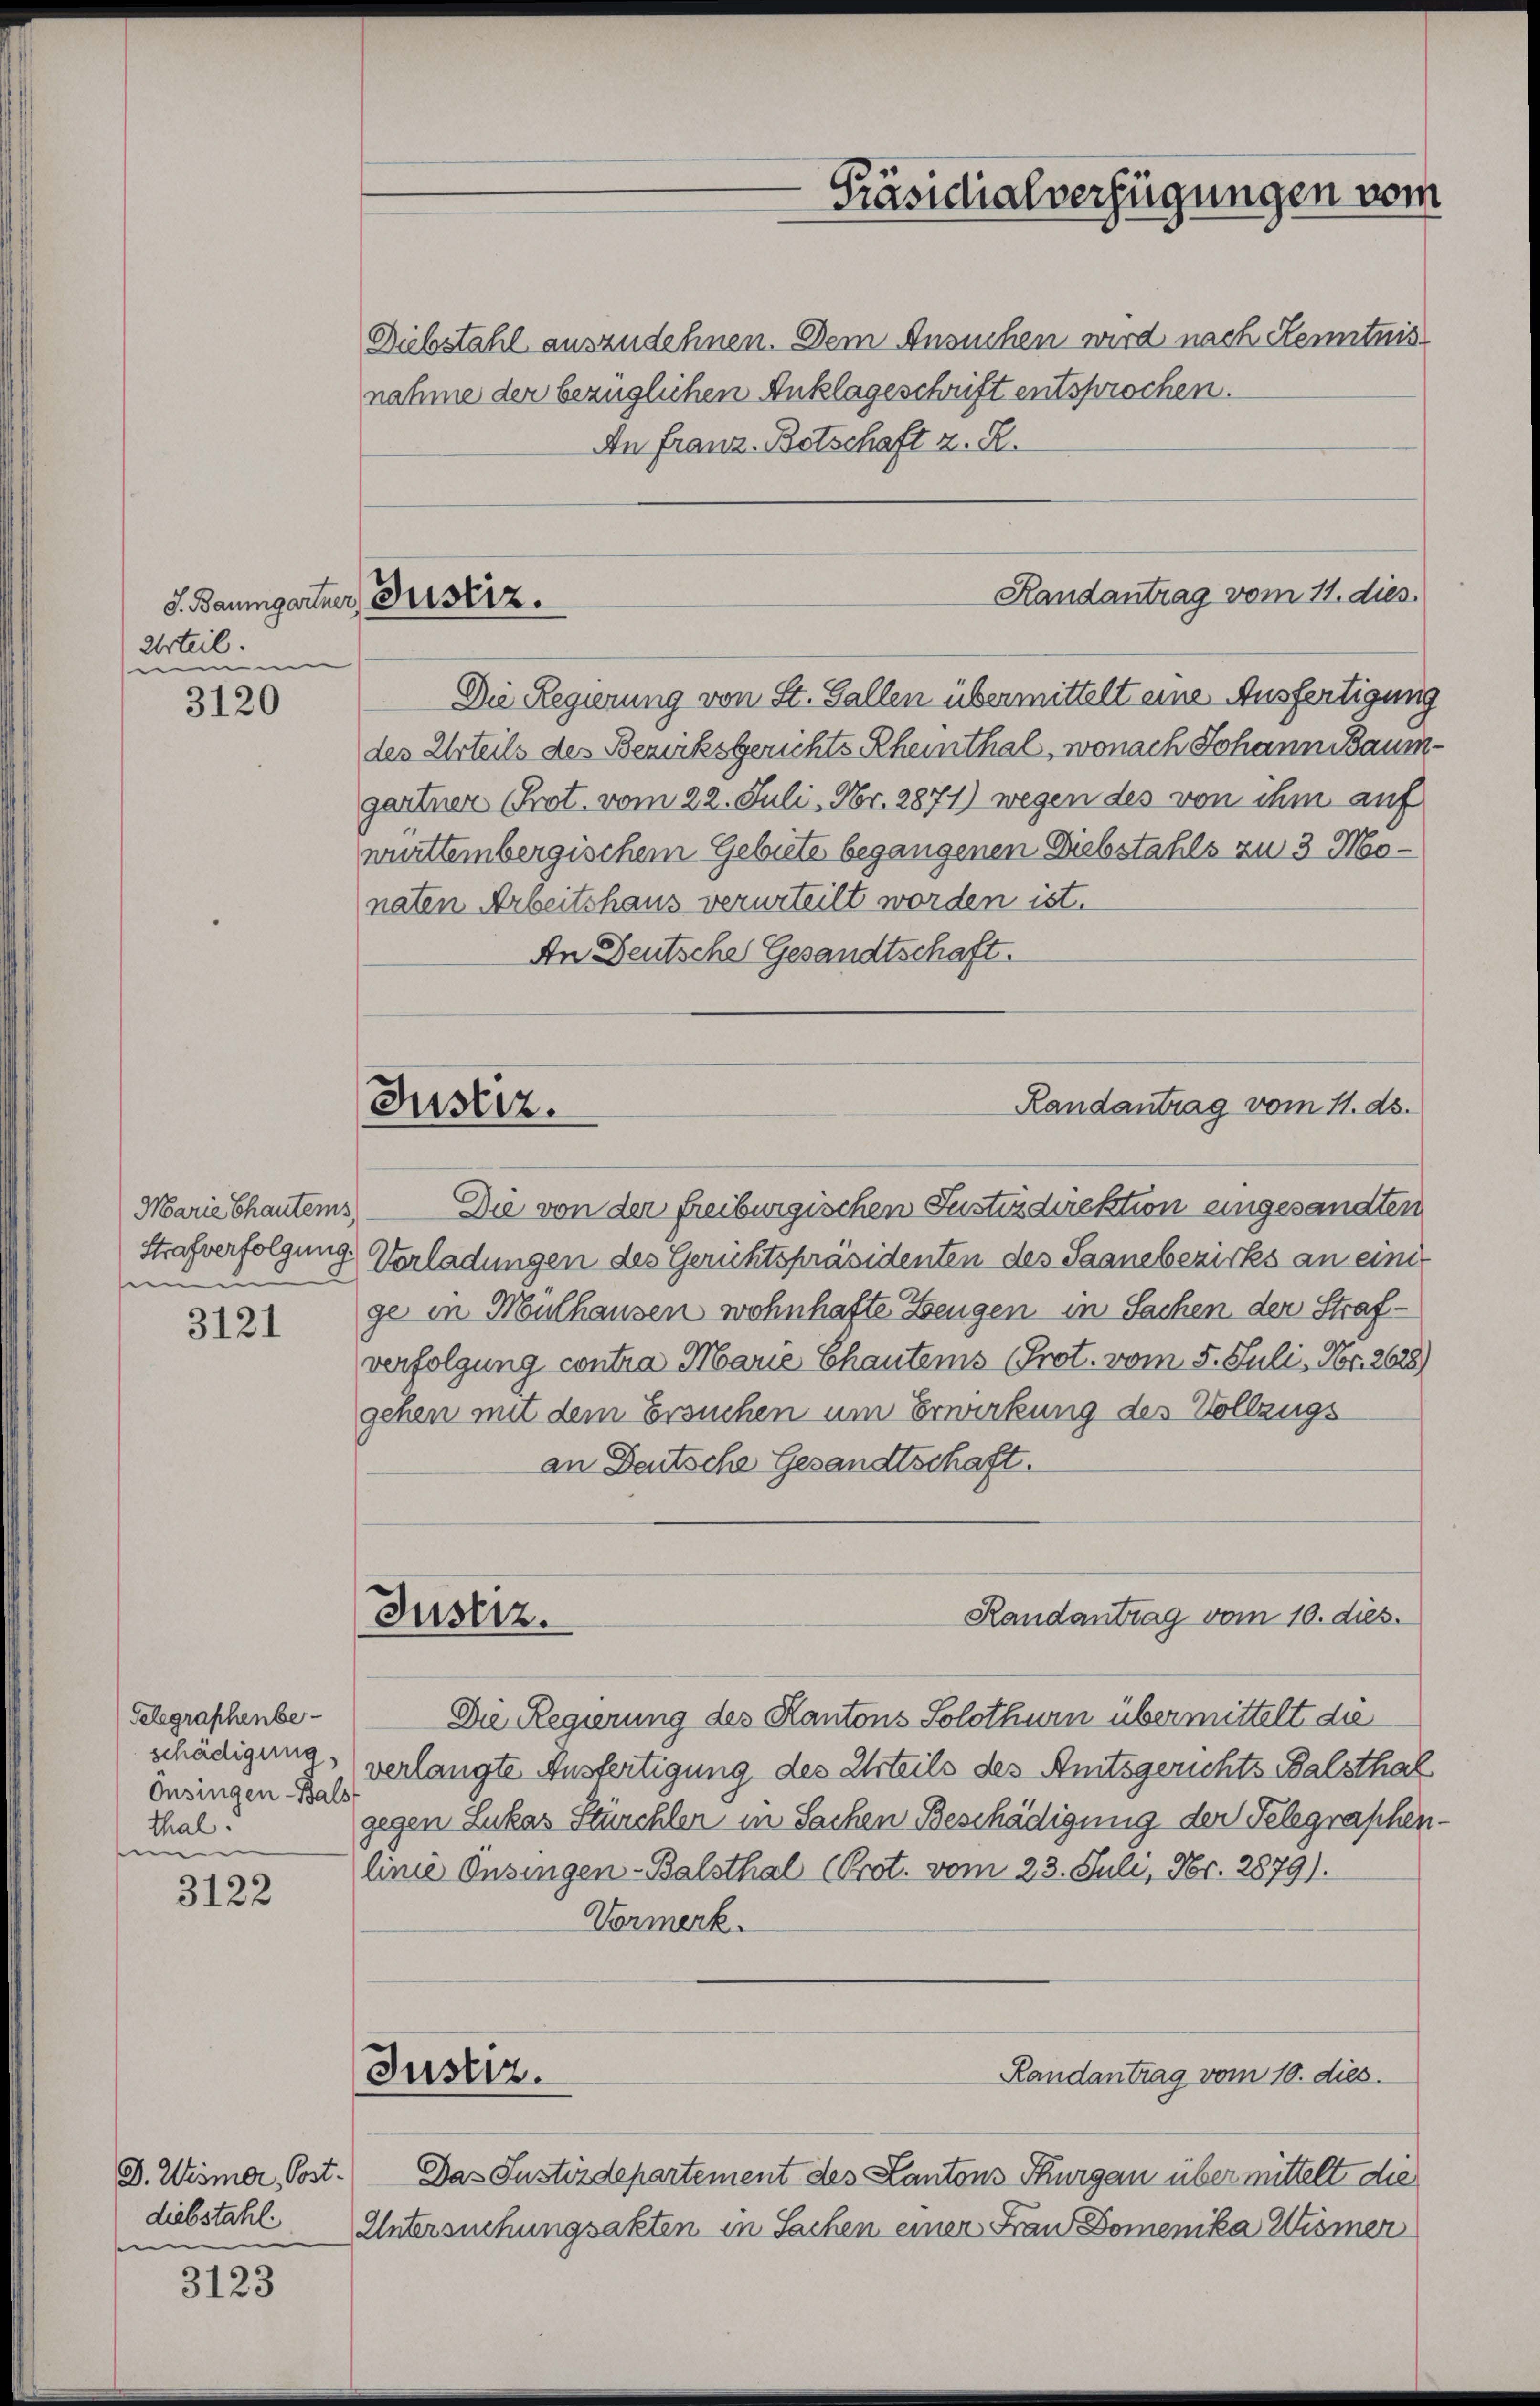
Urteil.
inmen

3120

Marie Chauters
Strafverfolgung.
me

3121

Gelegraphenbe-
schädigung,
Onsingen Bals
thal.
e

3122

Die Regierung von St. Gallen übermittelt eine Ausfertigung
des Urteils des Bezirksgerichts Rheinthal, wonach Johann Baumgartner (Prot. vom 22. Juli, Nr. 2871) wegen des von ihm auf
württembergischem Gebiete begangenen Diebstahls zu 3 Monaten Arbeitshaus verurteilt worden ist.
An Deutsche Gesandtschaft.

D. Wismer, Postdiebstahl
e

3123

Diebstahl auszudehnen. Dem Ansuchen wird nach Kenntnis
nahme der bezüglichen Anklageschrift entsprochen.
An Franz-Botschaft z. R.

S. Baumgartner Bestiz.

Justiz.

Justiz.

Die von der freiburgischen Justizdirektion eingesandten
Vorladungen des Gerichtspräsidenten des Saanebezirks an einige in Mülhausen wohnhafte Zeugen in Sachen der Strafverfolgung contra Marie Chautems (Prot. vom 5. Juli, Nr. 2628
gehen mit dem Ersuchen um Erwirkung des Vollzugs
an Deutsche Gesandtschaft.
Die Regierung des Kantons Solothurn übermittelt die
verlangte Ausfertigung des Urteils des Amtsgerichts Balsthal
gegen Lukas Kirchler in Sachen Beschädigung der Telegraphe
linie Ansingen-Balsthal (Prot. vom 23. Juli, Nr. 2879).
Vormerk.
Randantrag vom 10. dies
Justiz.
Das Justizdepartement des Cantons Thurgau über mittelt die
Untersuchungsakten in Sachen einer Frau Domenika Wismer

Präsidialverfügungen vom

Randantrag vom 11. dies

Randantrag vom 11. ds.

Randantrag vom 10. dies